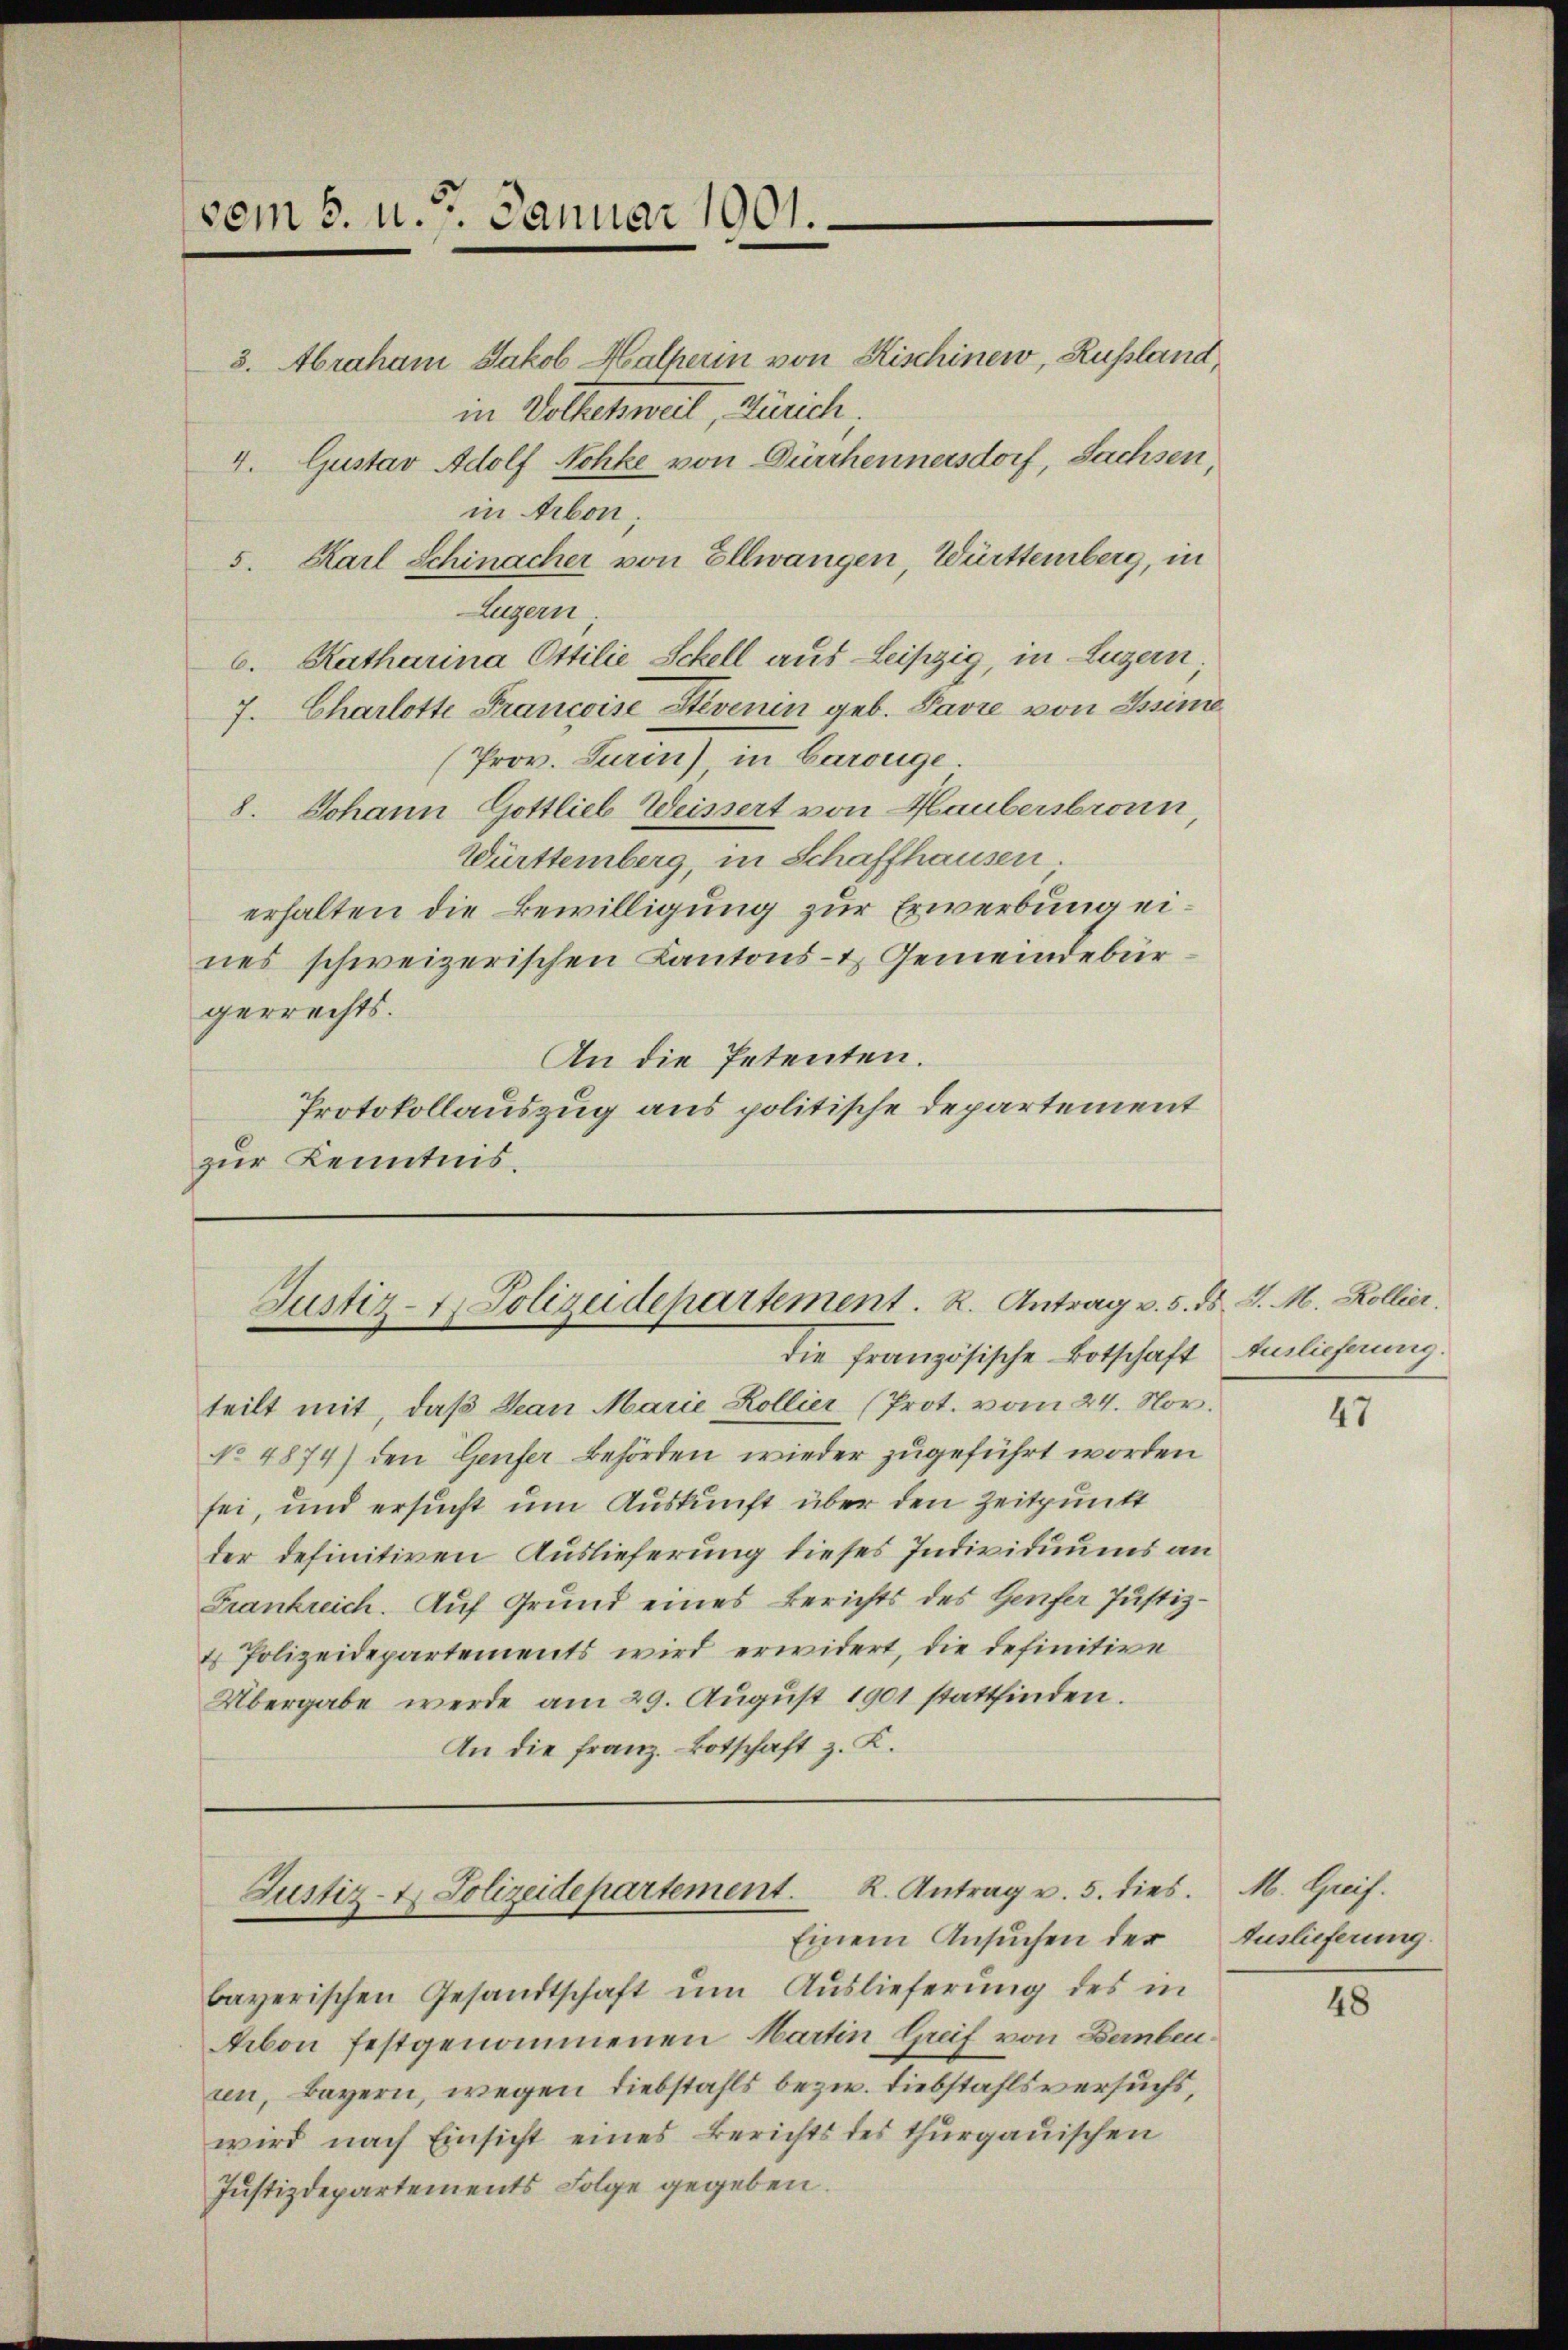
vom 5. u. 7. Januar 1001.

3. Abraham Jakob Halperin von Kischinew, Russland
in Volketsweil, Zürich.
4. Gustav Adolf Nohke von Dürrhennersdorf, Sachsen,
in Arbon;
5. Karl Schinacher von Ellwangen, Württemberg, in
Luzern
6. Katharina Ottilie Schell aus Leipzig, in Luzern
7. Charlotte Francoise Stevenin geb. Pavre von Ossine
Prov. Turin), in Carouge.
8. Johann Gottlieb Weissert von Haubersbronn,
Württemberg, in Schaffhausen
erhalten die Bewilligung zur Erwerbung eines schweizerischen Kantons- & Gemeindebürgerrechts.
An die Petenten.
Protokollauszug aus politische Departement
zur Kenntnis.

Justiz-7. Polizeidepartement. R. Antrag v. 5. ds. v. M. Kollier,

teilt mit, daß Jean Marie Kollier (Prot. vom 24. Nov.
No 4874) den Genfer Behörden wieder zugeführt worden
sei, und ersucht um Auskunft über den Zeitpunkt
der definitiven Auslieferung dieses Individuums an
Frankreich. Auf Grund eines Berichts des Genfer Justiz-
& Polizeidepartements wird erwidert, die definitive
Übergabe werde am 29. August 1901 stattfinden.
An die Franz. Botschaft z. K.

bayerischen Gesandtschaft ŭm Aŭslieferung des in
Aibon festgenommenen Martin Greif von Bauben.
ren, Bayern, wegen Diebstahls bezw. Liebstahlsversuchs,
wird nach Einsicht eines Berichts des thurgauischen
Justizdepartements Folge gegeben.

Justiz- & Polizeidepartement. R. Antrag u. 5. dies
Einem Ansuchen der

die französische Botschaft Auslieferung.

47

M. Greif.
Auslieferung.

48